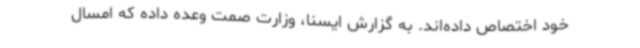
خود اختصاص داده‌اند. به گزارش ایسنا، وزارت صمت وعده داده که امسال